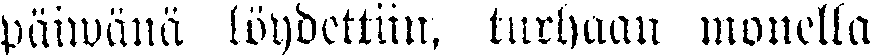
päiwänä löydettiin turhaan monella